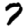
Digit: 7